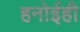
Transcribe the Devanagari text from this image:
हनोईही